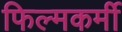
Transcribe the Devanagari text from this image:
फिल्मकर्मी